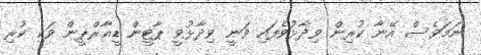
ނަމަވެސް އޭނާ ކުރިން ވިދާޅުވެފައި ވަނީ ވިދާޅުވީ ޕާޓީން ޑީއާރްޕީން ވަކި ކުރި